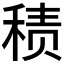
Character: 𱶌